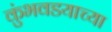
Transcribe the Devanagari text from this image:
कुंभवडयाच्या